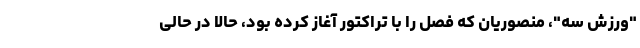
"ورزش سه"، منصوریان که فصل را با تراکتور آغاز کرده بود، حالا در حالی